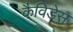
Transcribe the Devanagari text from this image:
कैविडेस